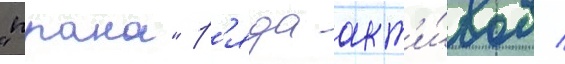
"прана" р'яда акт'и́вов /